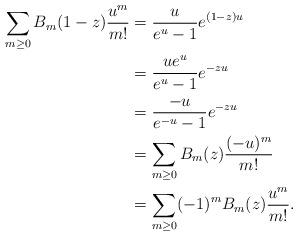
LaTeX: \begin{align*}\sum_{m\geq 0} B_{m}(1-z)\frac{u^{m}}{m!} &= \frac{u}{e^{u}-1}e^{(1-z)u} \\ &= \frac{ue^{u}}{e^{u}-1}e^{-zu} \\ &= \frac{-u}{e^{-u}-1}e^{-zu} \\ &= \sum_{m\geq 0} B_{m}(z)\frac{(-u)^{m}}{m!} \\ &= \sum_{m\geq 0} (-1)^{m}B_{m}(z)\frac{u^{m}}{m!}. \end{align*}